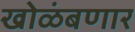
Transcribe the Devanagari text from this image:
खोळंबणार